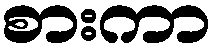
စားကာ